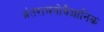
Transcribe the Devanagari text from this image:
अंतरामनोवैज्ञानिक